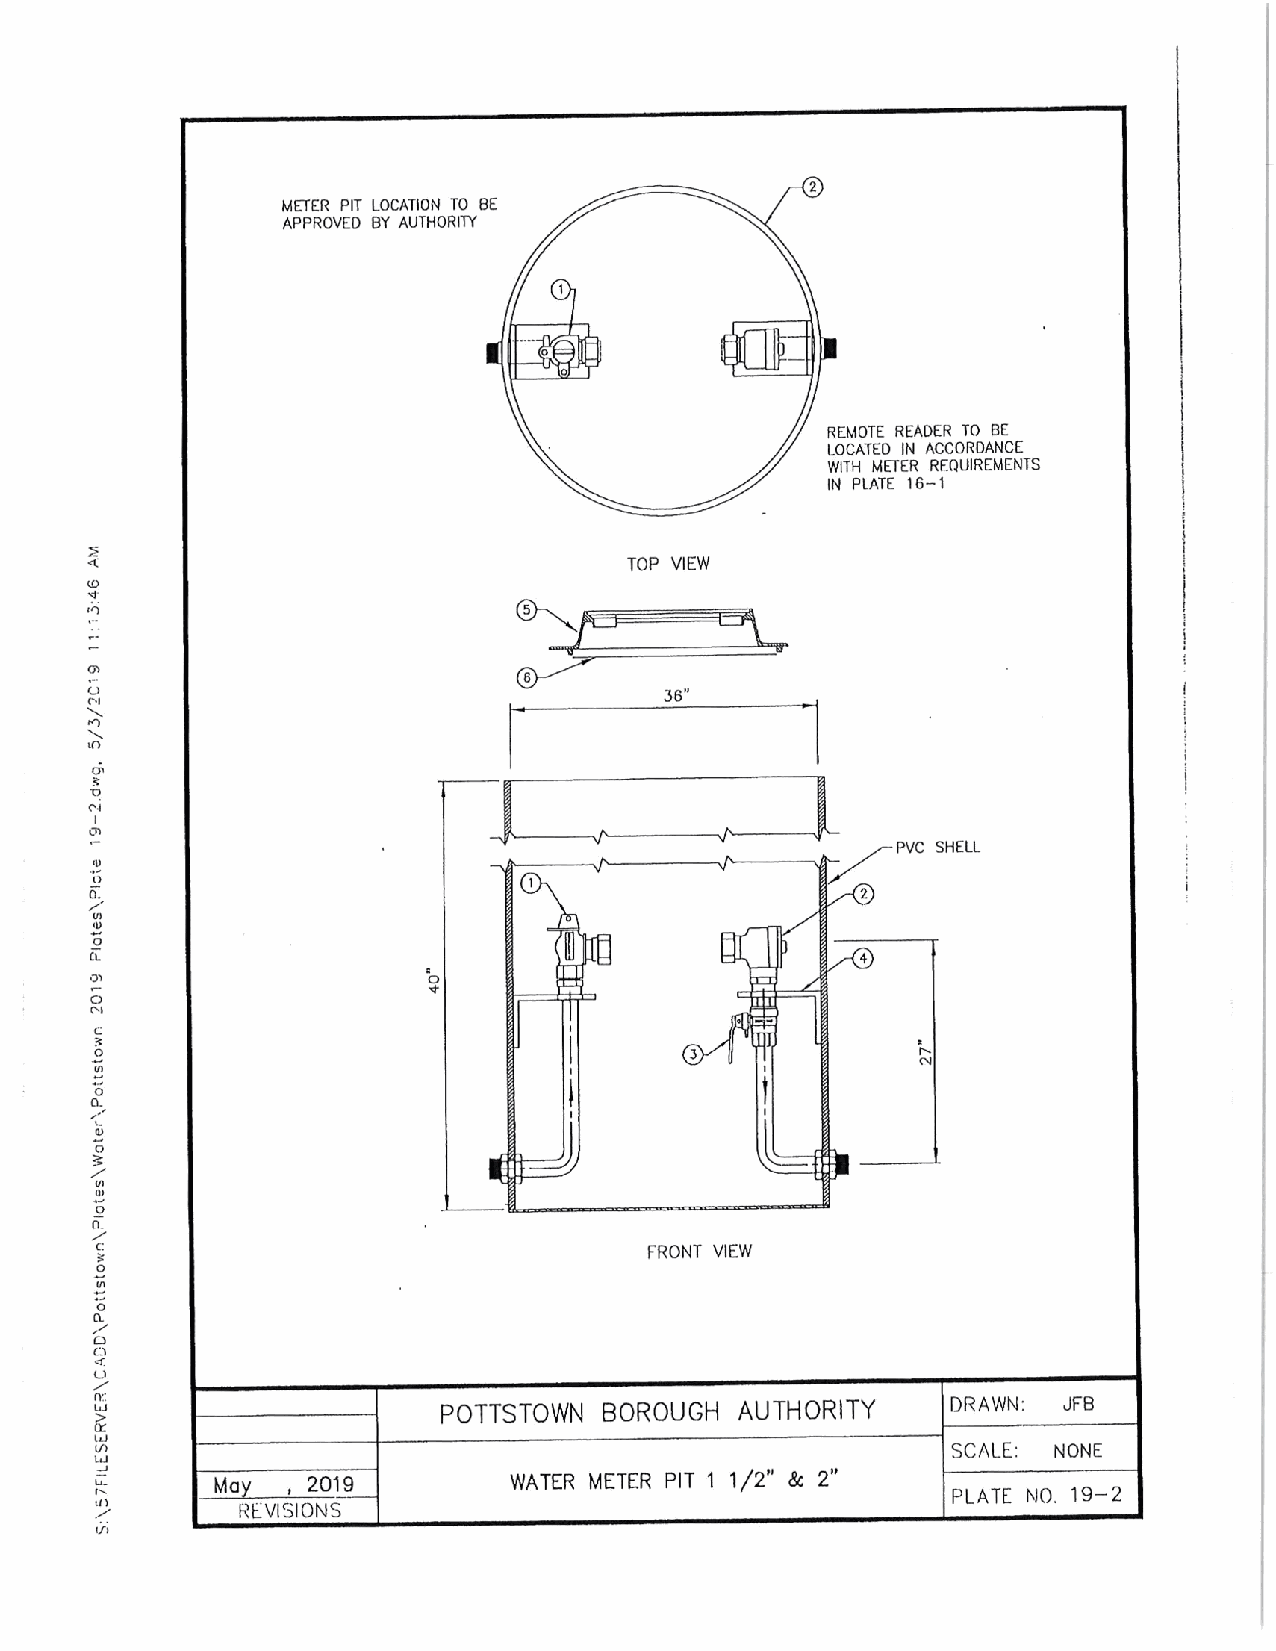
METER PIT LOCATION TO BE
 APPROVED BY AUTHORITY
 REMOTE READER TO BE
 LOCATED IN ACCORDANCE
 WITH METER REQUIREMENTS
 IN PLATE 16- 1
 TOP VIEW
 36"
 C.1
 LO
 T
 rn.i
 PVC SHELL
 nc
 ii
 0.                                                 2
 i
 u
 CL
 pl                    0
 C
 1t
 0                                                      N
 N
 0
 LL1
 O
 V}
 0
 n_
 c:                                   FRONT VIEW
 0
 a0
 0
 nr.                    POTTSTOWN  BOROUGH  AUTHORITY     DRAWN: JFB
 LJ
 n                                                        SCALE: NONE
 J
 May , 2019          WATER METER PIT 1 1/ 2" & 2"
 PLATE NO. 19- 2
 RLVISIONS